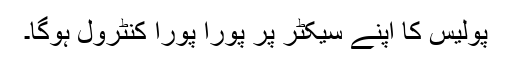
پولیس کا اپنے سیکٹر پر پورا پورا کنٹرول ہوگا۔